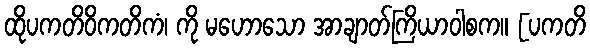
ထိုပကတိဝိကတိကံ၊ ကို မဟောသော အာချာတ်ကြိယာဝါစက။ [ပကတိ